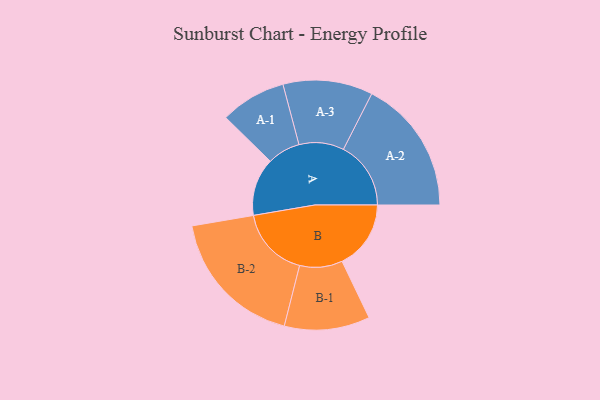
{"axis": {"x": "Segment", "y": "Value"}, "legend": ["", "A", "B"], "data": [{"x": "A", "y": 241, "type": ""}, {"x": "B", "y": 287, "type": ""}, {"x": "A-1", "y": 137, "type": "A"}, {"x": "A-2", "y": 281, "type": "A"}, {"x": "A-3", "y": 187, "type": "A"}, {"x": "B-1", "y": 178, "type": "B"}, {"x": "B-2", "y": 295, "type": "B"}]}